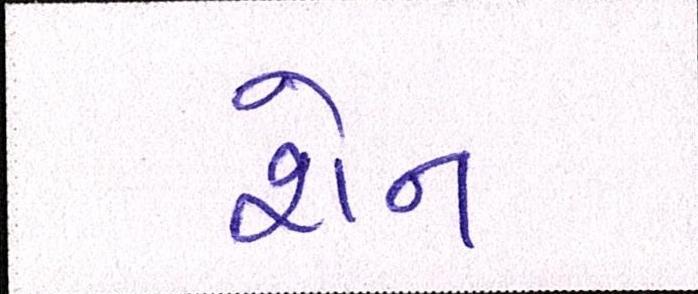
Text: શેન